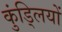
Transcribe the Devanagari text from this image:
कुंड्लियों